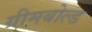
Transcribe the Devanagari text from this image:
ग्रीमबोल्ड